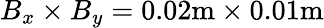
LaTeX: B_{x}\times B_{y}=0.02\mathrm{m}\times 0.01\mathrm{m}